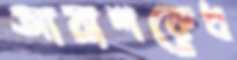
আয়াশকেধ